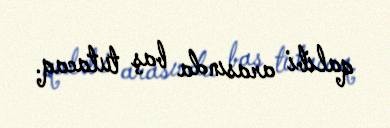
qalibi arasında baş tutacaq.